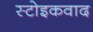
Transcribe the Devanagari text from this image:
स्टोइकवाद